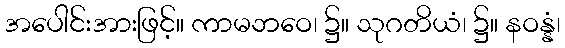
အပေါင်းအားဖြင့်။ ကာမဘဝေ၊ ၌။ သုဂတိယံ၊ ၌။ နဝန္နံ၊